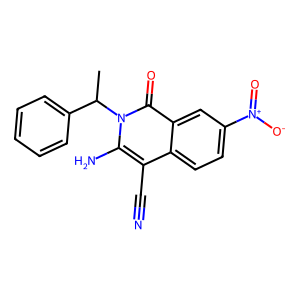
SMILES: CC(c1ccccc1)n1c(N)c(C#N)c2ccc([N+](=O)[O-])cc2c1=O
Inhibits HIV replication: No